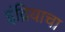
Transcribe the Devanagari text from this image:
इंद्रियाचा